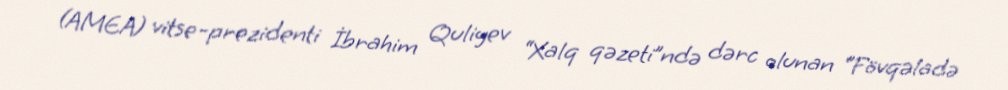
(AMEA) vitse-prezidenti İbrahim Quliyev “Xalq qəzeti”ndə dərc olunan “Fövqəladə